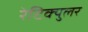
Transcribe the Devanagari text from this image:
रेटिक्युलर